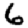
Digit: 6